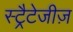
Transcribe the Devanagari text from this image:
स्ट्रैटेजीज़